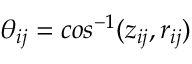
\theta _ { i j } = c o s ^ { - 1 } ( z _ { i j } , r _ { i j } )